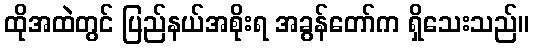
ထိုအထဲတွင် ပြည်နယ်အစိုးရ အခွန်တော်က ရှိသေးသည်။